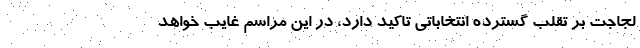
لجاجت بر تقلب گسترده انتخاباتی تاکید دارد، در این مراسم غایب خواهد